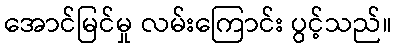
အောင်မြင်မှု လမ်းကြောင်း ပွင့်သည်။